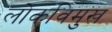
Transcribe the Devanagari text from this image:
लोकविमुख